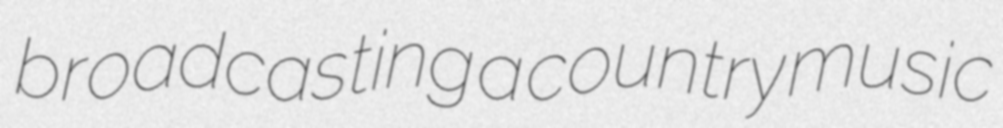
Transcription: broadcasting a country music